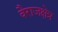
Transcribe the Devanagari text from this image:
वैराजक्षेत्र